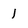
Character: 1